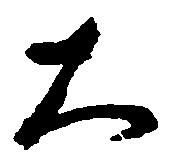
大